Indian journal of veterinary science and animal husbandry - Volume 12,
Year: 1942
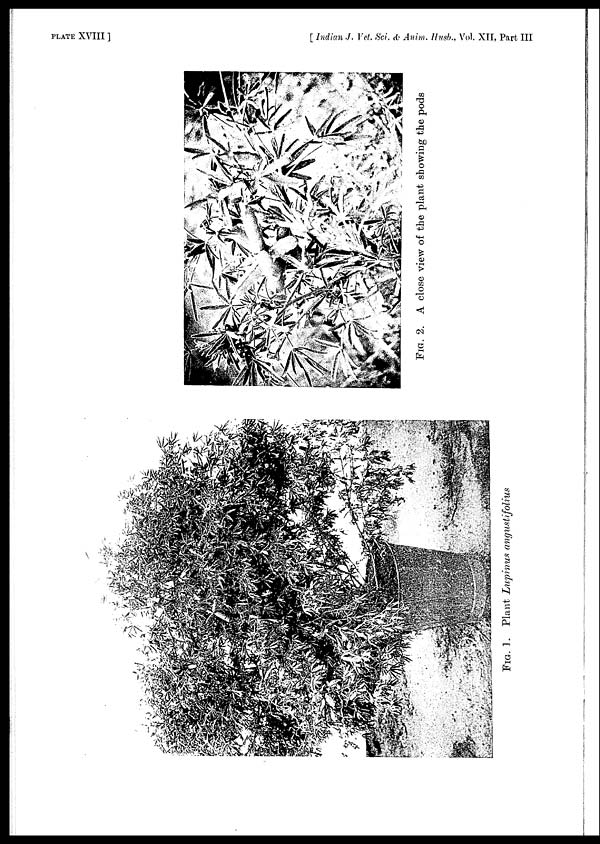
PLATE XVIII ]
[ Indian J. Vet. Sci. & Anim. Husb., Vol. XII, Part III
FIG.
1. Plant Lupinus angustifolius
FIG.
2. A close view of the plant showing the pods